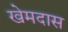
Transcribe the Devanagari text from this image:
खेमदास